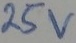
Text: 25V